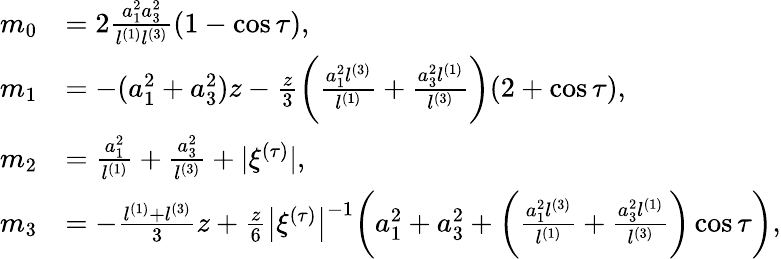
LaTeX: \begin{array}{rl}{m_{0}}&{=2\frac{a_{1}^{2}a_{3}^{2}}{l^{(1)}l^{(3)}}(1-\cos\tau),}\\ {m_{1}}&{=-(a_{1}^{2}+a_{3}^{2})z-\frac z3\biggl(\frac{a_{1}^{2}l^{(3)}}{l^{(1)}}+\frac{a_{3}^{2}l^{(1)}}{l^{(3)}}\biggr)(2+\cos\tau),}\\ {m_{2}}&{=\frac{a_{1}^{2}}{l^{(1)}}+\frac{a_{3}^{2}}{l^{(3)}}+|\xi^{(\tau)}|,}\\ {m_{3}}&{=-\frac{l^{(1)}+l^{(3)}}3z+\frac z6\bigl|\xi^{(\tau)}\bigr|^{-1}\biggl(a_{1}^{2}+a_{3}^{2}+\biggl(\frac{a_{1}^{2}l^{(3)}}{l^{(1)}}+\frac{a_{3}^{2}l^{(1)}}{l^{(3)}}\biggr)\cos\tau\biggr),}\end{array}